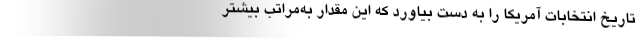
تاریخ انتخابات آمریکا را به دست بیاورد که این مقدار به‌مراتب بیشتر